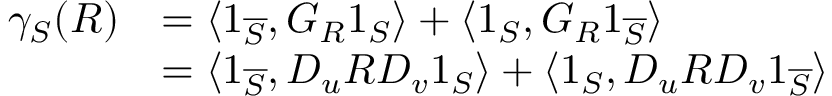
\begin{array} { r l } { \gamma _ { S } ( R ) } & { = \langle \boldsymbol { 1 } _ { \overline { { S } } } , G _ { R } \boldsymbol { 1 } _ { S } \rangle + \langle \boldsymbol { 1 } _ { S } , G _ { R } \boldsymbol { 1 } _ { \overline { { S } } } \rangle } \\ & { = \langle \boldsymbol { 1 } _ { \overline { { S } } } , D _ { u } R D _ { v } \boldsymbol { 1 } _ { S } \rangle + \langle \boldsymbol { 1 } _ { S } , D _ { u } R D _ { v } \boldsymbol { 1 } _ { \overline { { S } } } \rangle } \end{array}